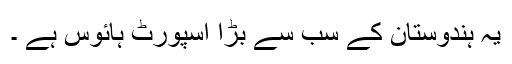
یہ ہندوستان کے سب سے بڑا اسپورٹ ہائوس ہے ۔